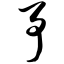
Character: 予